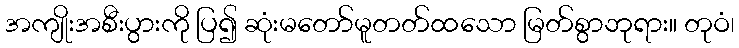
အကျိုးအစီးပွားကို ပြ၍ ဆုံးမတော်မူတတ်ထသော မြတ်စွာဘုရား။ တုဝံ၊